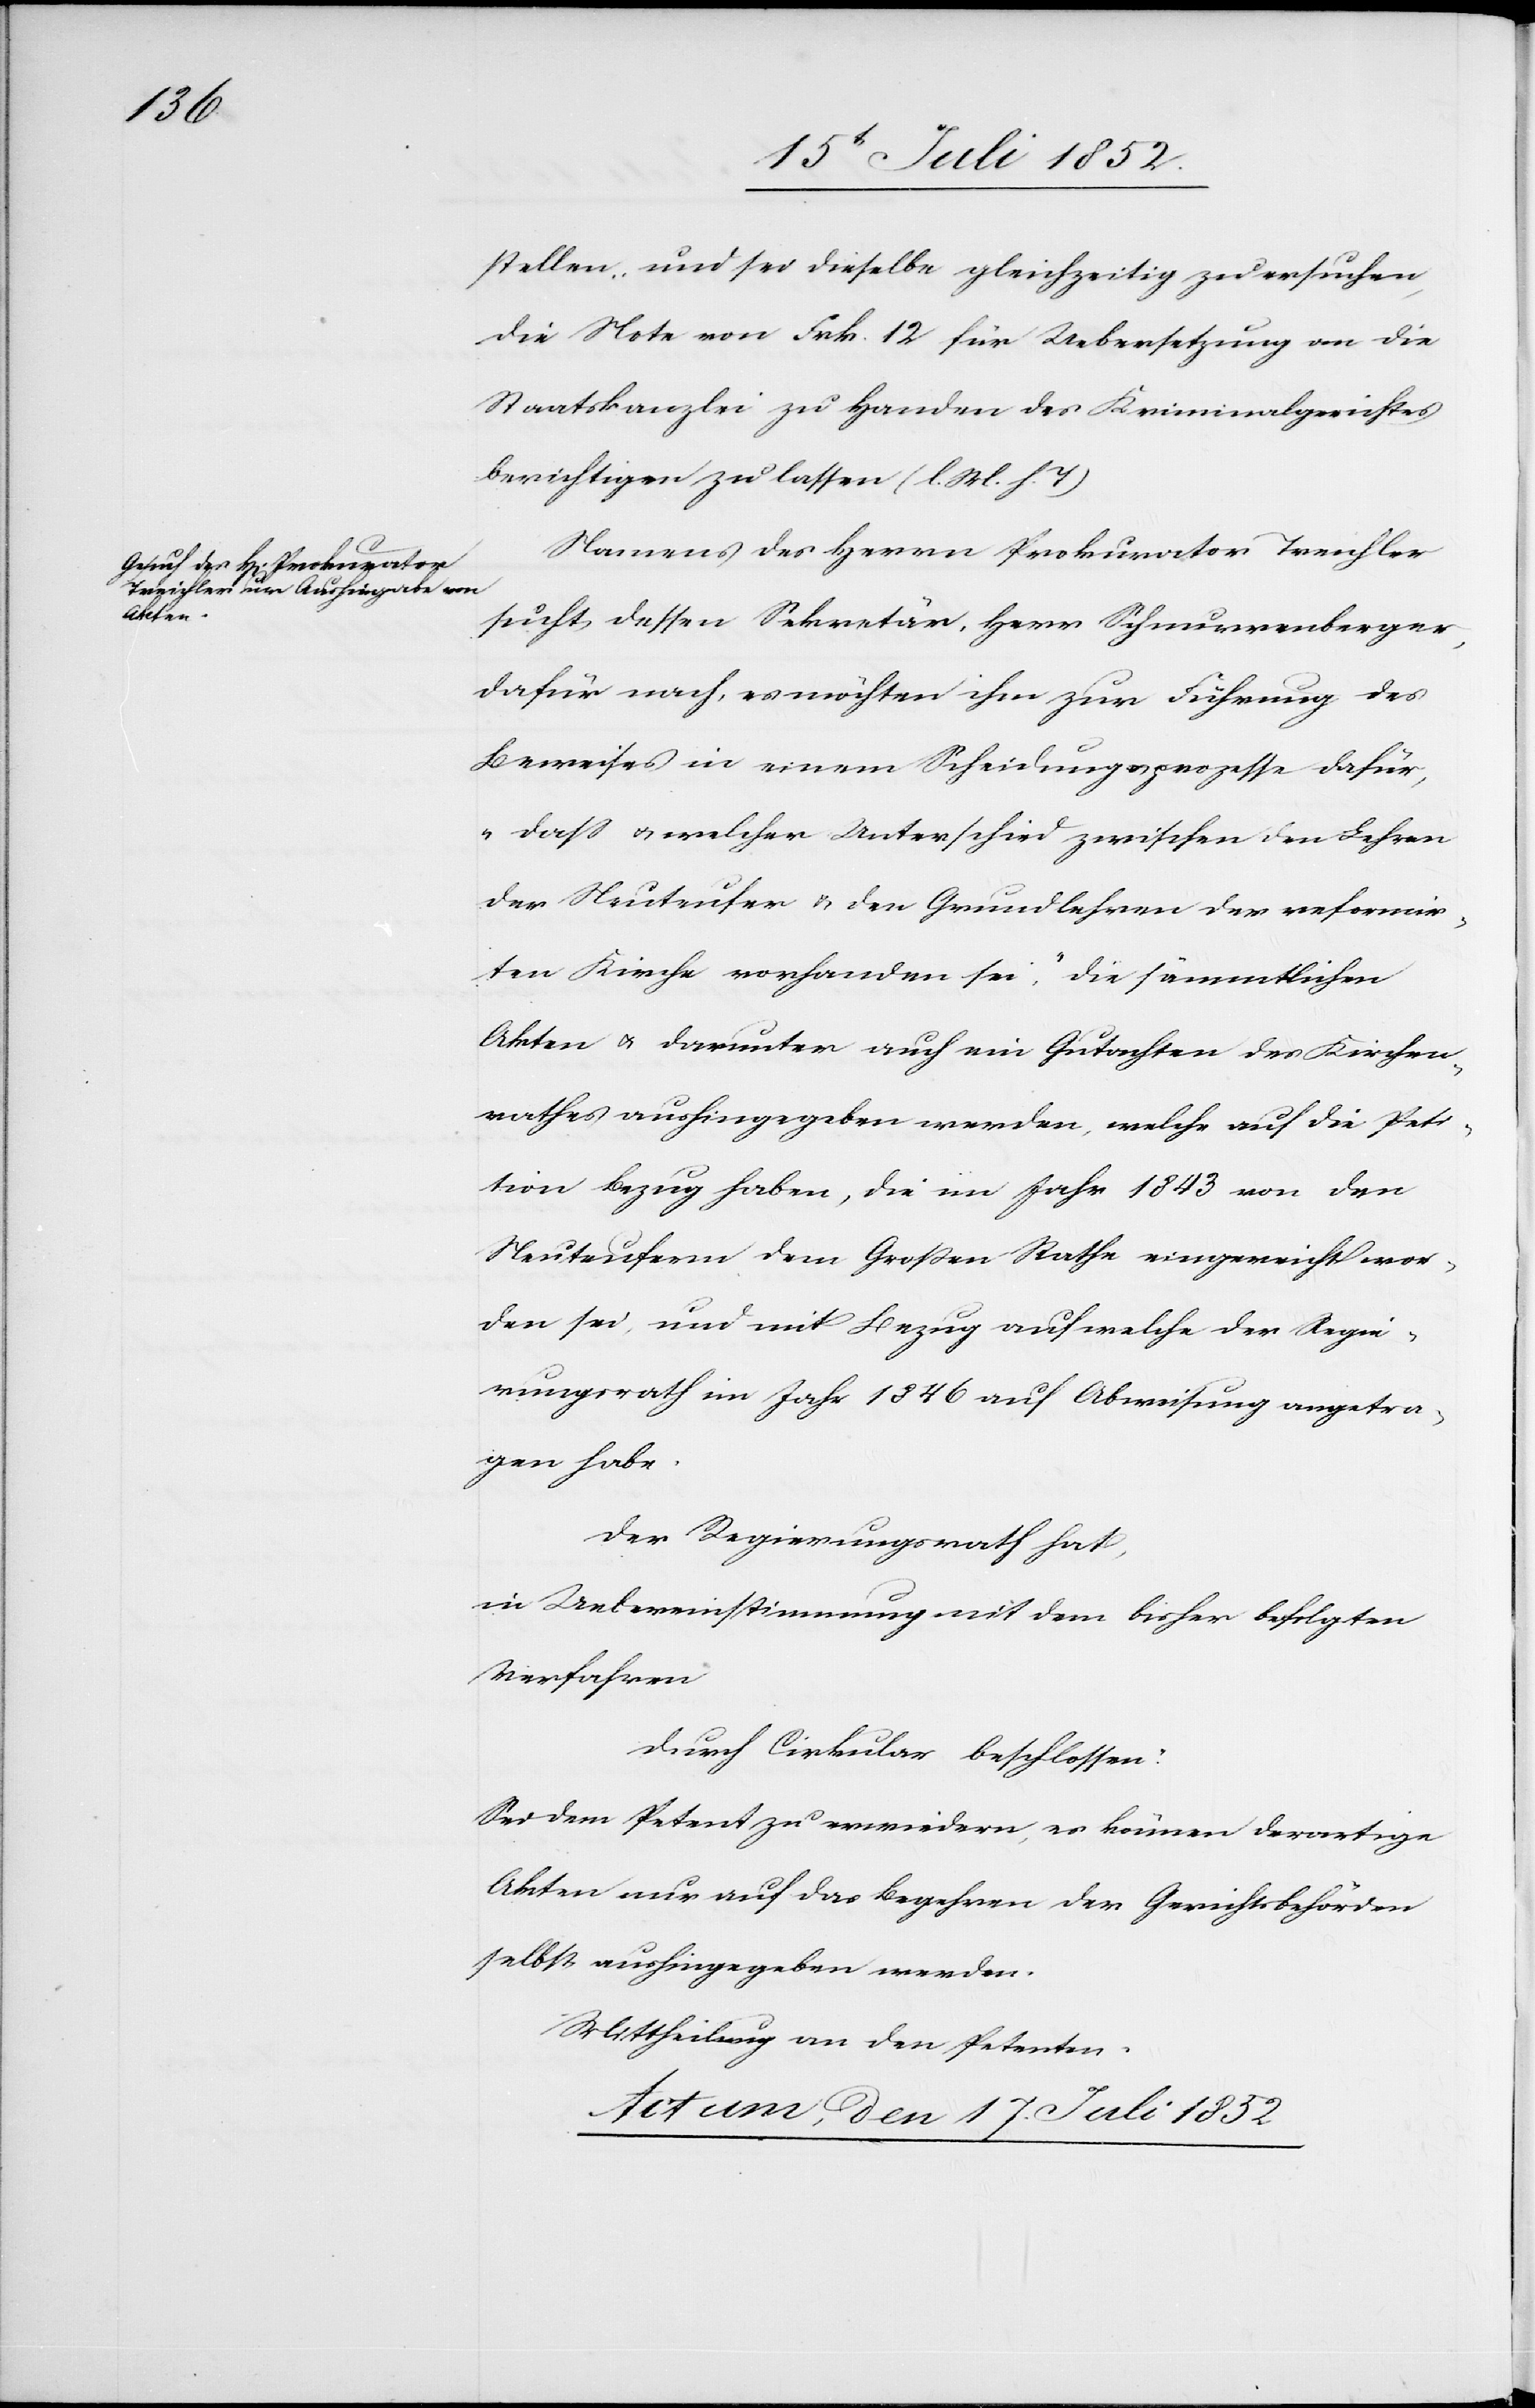
den

17. Juli 1852
stellen, und sei dieselbe gleichzeitig zu ersuchen,
die Note von Frk. 12 für Uebersetzung an die
Staatskanzlei zu Handen des Kriminalgerichtes
berichtigen zu lassen (l. M. h. T)[.]
Namens des Herrn Prokurator Treichler
sucht dessen Sekretär, Herr Schnurrenberger,
dafür nach, es möchten ihm zur Führung des
Beweises in einem Scheidungsprozesse dafür,
„dass & welcher Unterschied zwischen den Lehren
der Neuteufer & den Grundlehren der reformir¬
ten Kirche vorhanden sei,“ die sämmtlichen
Akten & darunter auch ein Gutachten des Kirchen¬
rathes aushingegeben werden, welche auf die Peti¬
tion Bezug haben, die im Jahr 1843 von den
Neuteufern dem Großen Rathe eingereicht wor¬
den sei, und mit Bezug auf welche der Regie¬
rungsrath im Jahr 1846 auf Abweisung angetra¬
gen habe.
Der Regierungsrath hat,
in Uebereinstimmung mit dem bisher befolgten
Verfahren
durch Cirkular beschlossen:
Sei dem Petent zu erwiedern, es können derartige
Akten nur auf das Begehren der Gerichtsbehörden
selbst aushingegeben werden.
Mittheilung an den Petenten.